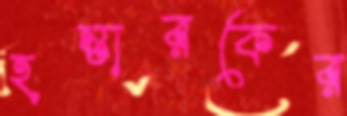
হন্তারকের